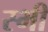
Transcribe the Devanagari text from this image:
स्भी